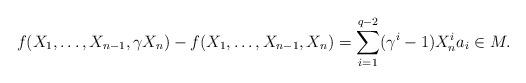
LaTeX: \begin{align*}f(X_1,\dots,X_{n-1},\gamma X_n)-f(X_1,\dots,X_{n-1}, X_n)=\sum_{i=1}^{q-2}(\gamma^i-1)X_n^ia_i\in M.\end{align*}